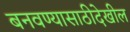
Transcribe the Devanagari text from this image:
बनवण्यासाठीदेखील